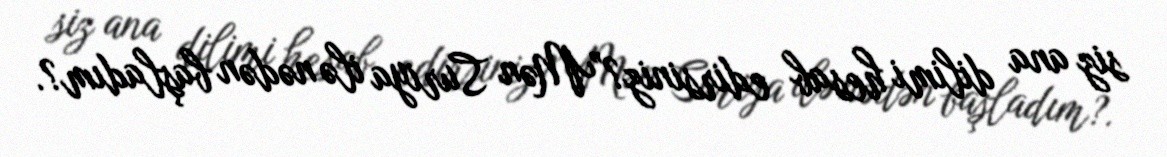
siz ana dilimi hesab edirsiniz?”Mən Suriya ilə nədən başladım?.